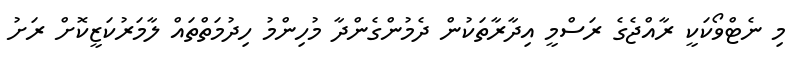
މި ނެޓްވޯކަކީ ރާއްޖެގެ ރަސްމީ އިދާރާތަކުން ދެމުންގެންދާ މުހިންމު ހިދުމަތްތައް ލާމަރުކަޒީކޮށް ރަށު